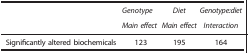
<table><thead><tr><td><b> </b></td><td><b><i>Genotype</i></b></td><td><b><i>Diet</i></b></td><td><b><i>Genotype:diet</i></b></td></tr><tr><td><b> </b></td><td><b><i>Main effect</i></b></td><td><b><i>Main effect</i></b></td><td><b><i>Interaction</i></b></td></tr></thead><tbody><tr><td>Significantly altered biochemicals</td><td>123</td><td>195</td><td>164</td></tr></tbody></table>